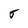
Character: 5